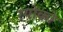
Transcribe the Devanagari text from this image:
रयोको